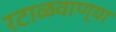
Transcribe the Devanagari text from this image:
रटाळवाण्या